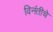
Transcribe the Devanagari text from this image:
विनंतीचे